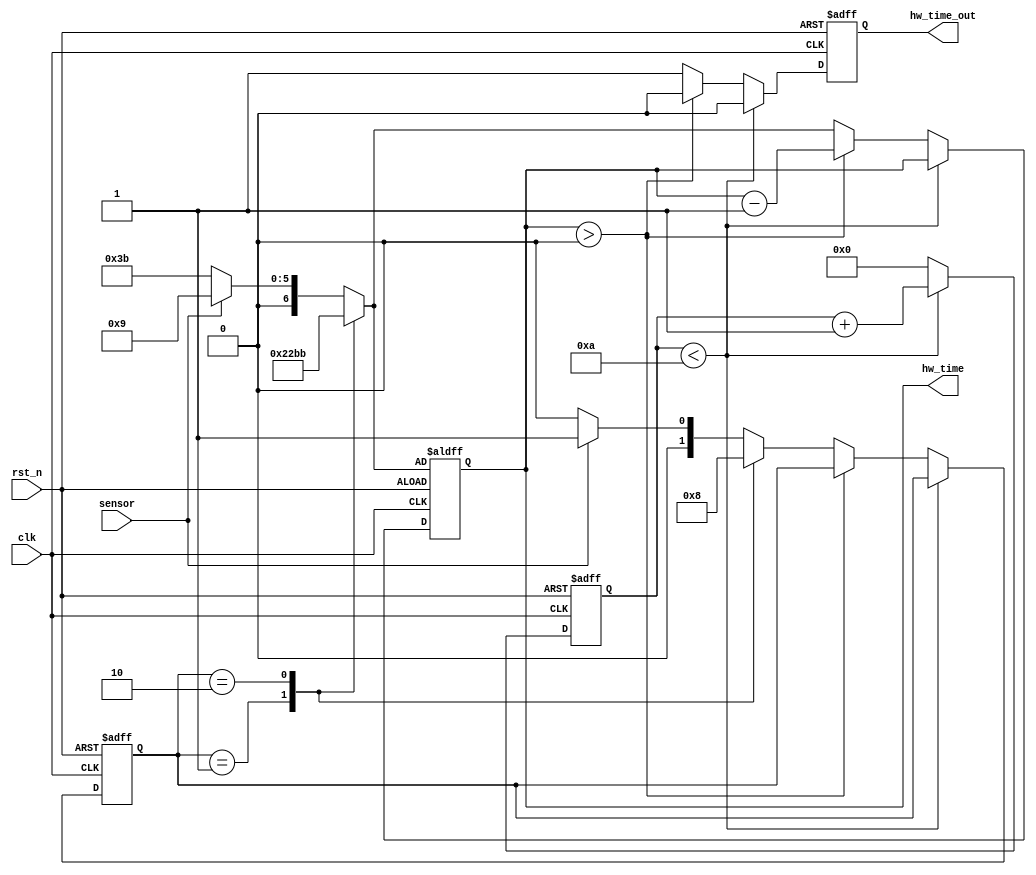
module HW_Timer (
    input clk, rst_n, sensor,
    output reg hw_time_out,
    output reg [6:0] hw_time
);
    localparam T = 7'b0111011;
    localparam t = 7'b0001001;

    localparam s0 = 2'b00;
    localparam s1 = 2'b01;
    localparam s2 = 2'b10;

    reg [31:0] counter;
    reg [1:0] state, nextstate;
    reg [6:0] max_time;


    always @(state,sensor) begin
        case (state)
            s0: begin
                    if(sensor) begin
                        nextstate <= s1;
                        max_time <= t;
                    end 
                    else begin
                        nextstate <= s0;
                        max_time <= T;
                    end 
                end
                
            s1: begin
                nextstate <= s2;
                max_time <= t+T+1;
            end
            s2: begin
                nextstate <= s0;
                max_time <= T;
            end
            default: begin
                if(sensor) begin
                        nextstate <= s1;
                        max_time <= t;
                    end 
                    else begin
                        nextstate <= s0;
                        max_time <= T;
                    end 
            end
        endcase
    end
    always @(posedge clk or negedge rst_n) begin
        if(!rst_n) begin
            counter <= 0;
            state <= s0;
            hw_time <= max_time;
            hw_time_out <= 0;
        end
        else begin
            hw_time_out <= 0;
            if(counter < 10) begin
                counter <= counter + 1;
            end
            else begin
                counter <= 0;
                if (hw_time > 0) begin
                    hw_time <= hw_time - 7'b0000001;
                end
                else begin
                    hw_time_out <= 1;
                    state <= nextstate;
                    hw_time <= max_time;
                end
            end
        end
    end
endmodule
        

module CR_Timer(
    input clk, rst_n, sensor,
    output reg cr_time_out,
    output reg [6:0] cr_time
);
    localparam T = 7'b0111011;
    localparam t = 7'b0001001;

    localparam s0 = 2'b00;
    localparam s1 = 2'b01;
    localparam s2 = 2'b10;
    localparam s3 = 2'b11;
    reg [31:0] counter;
    reg [1:0] state, nextstate;
    reg [6:0] max_time;


    always @(state, sensor) begin
        case (state)
            s0: begin
                if(sensor) begin
                    nextstate <= s1;
                    max_time <= t;
                end 
                else begin
                    nextstate <= s0;
                    max_time <= T;
                end 
            end 
            s1: begin
                nextstate <= s2;
                max_time <= T;
            end
            s2: begin
                nextstate <= s3;
                max_time <= t;
            end
            s3: begin
                nextstate <= s0;
                max_time <= T;
            end
            default: begin
                if(sensor) begin
                    nextstate <= s1;
                    max_time <= t;
                end 
                else begin
                    nextstate <= s0;
                    max_time <= T;
                end 
            end
        endcase
    end
    always @(posedge clk or negedge rst_n) begin
        if(!rst_n) begin
            counter <= 0;
            state <= s0;
            cr_time <= max_time;
            cr_time_out <= 0;
        end
        else begin
            cr_time_out <= 0;
            if(counter < 10) begin
                counter <= counter + 1;
            end
            else begin
                counter <= 0;
                if (cr_time > 0) begin
                    cr_time <= cr_time - 7'b0000001;
                end
                else begin
                    cr_time_out <= 1;
                    state <= nextstate;
                    cr_time <= max_time;
                end
                
            end
        end
    end
endmodule